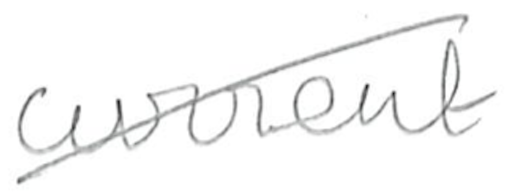
Text: current
Cross-out: diagonal
Writing tool: pencil